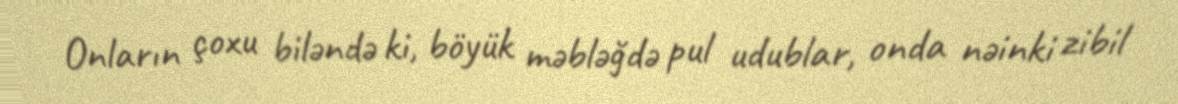
Onların çoxu biləndə ki, böyük məbləğdə pul udublar, onda nəinki zibil